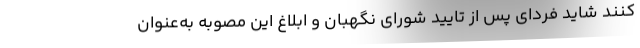
کنند شاید فردای پس از تایید شورای نگهبان و ابلاغ این مصوبه به‌عنوان